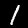
Digit: 1